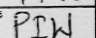
Transcription: PIW